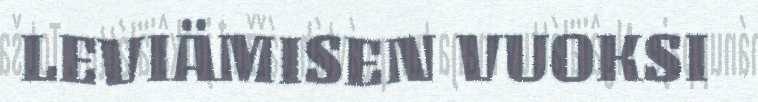
LEVIÄMISEN VUOKSI